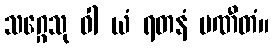
သဂ္ဂေသု ဝါ ယံ ရတနံ ပဏီတံ။